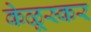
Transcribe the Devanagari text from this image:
केळूस्कर